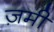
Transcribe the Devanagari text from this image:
ज़मी